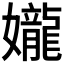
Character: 𫲘